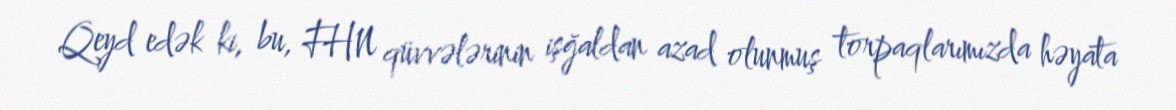
Qeyd edək ki, bu, FHN qüvvələrinin işğaldan azad olunmuş torpaqlarımızda həyata